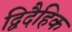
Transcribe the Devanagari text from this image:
द्विदैहिक